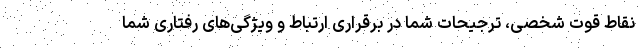
نقاط قوت شخصی، ترجیحات شما در برقراری ارتباط و ویژگی‌های رفتاری شما